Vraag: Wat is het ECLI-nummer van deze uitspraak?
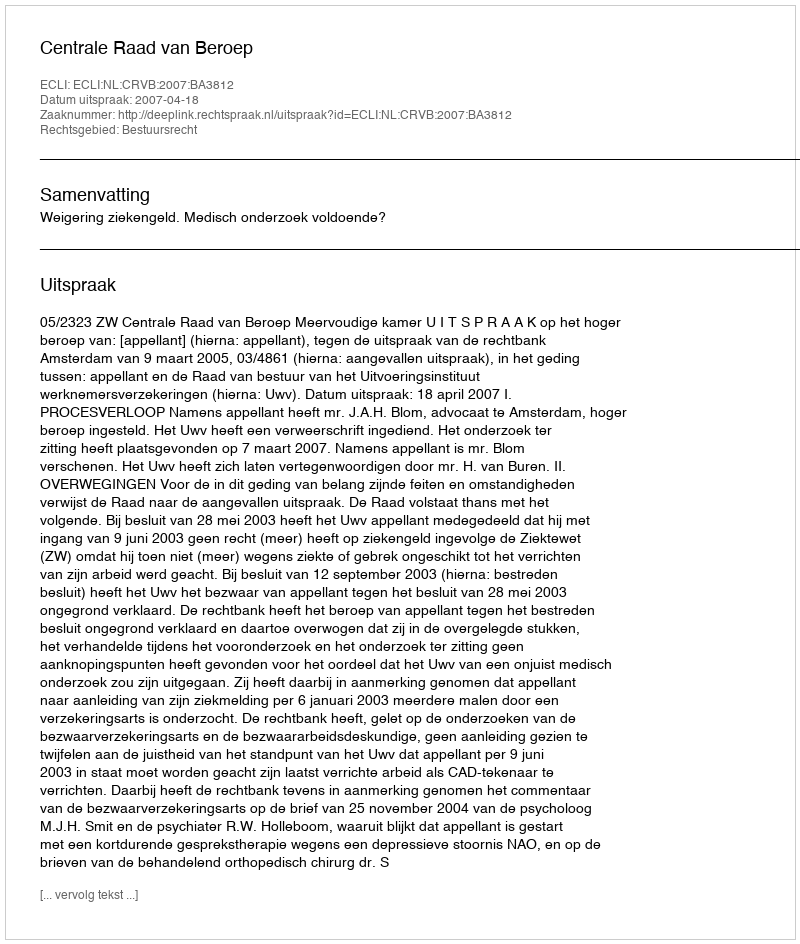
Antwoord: ECLI:NL:CRVB:2007:BA3812